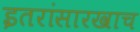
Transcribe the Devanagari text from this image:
इतरांसारखाच